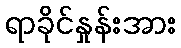
ရာခိုင်နှုန်းအား